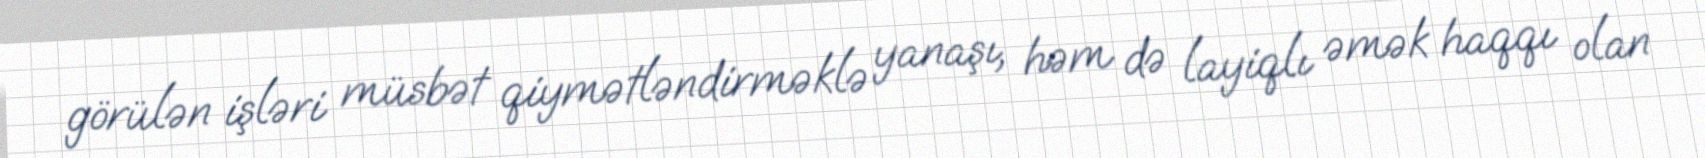
görülən işləri müsbət qiymətləndirməklə yanaşı, həm də layiqlı əmək haqqı olan